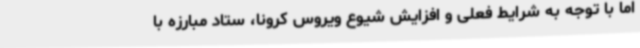
اما با توجه به شرایط فعلی و افزایش شیوع ویروس کرونا، ستاد مبارزه با